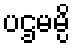
ပဌမမ္ပိ